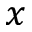
x